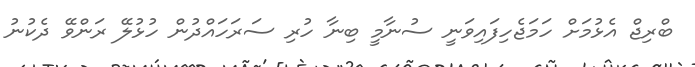
ބްރިޖް އެޅުމަށް ހަމަޖެހިފައިވަނީ ސުނާމީ ބިނާ ހުރި ސަރަހައްދުން ހުޅުލޭ ރަންވޭ ދެކުނު